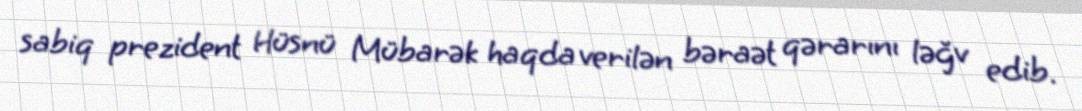
sabiq prezident Hüsnü Mübarək haqda verilən bəraət qərarını ləğv edib.